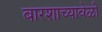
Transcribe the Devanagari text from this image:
बारशाच्यावेळी